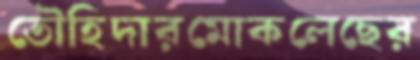
তৌহিদারমোকলেছের